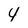
Character: 4